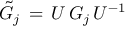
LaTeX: { \tilde { { \cal G } _ { j } } } \, = \, U \, { \cal G } _ { j } \, U ^ { - 1 }